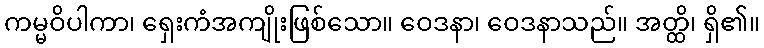
ကမ္မဝိပါကာ၊ ရှေးကံအကျိုးဖြစ်သော။ ဝေဒနာ၊ ဝေဒနာသည်။ အတ္ထိ၊ ရှိ၏။